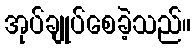
အုပ်ချုပ်စေခဲ့သည်။